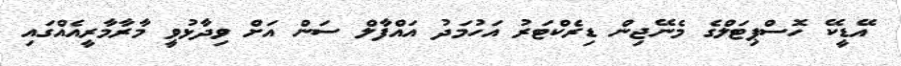
އޭޑީކޭ ހޮސްޕިޓަލްގެ މެނޭޖިން ޑިރެކްޓަރު އަހުމަދު އައްފާލް ސަން އަށް ވިދާޅުވީ މާރާމާރީއެއްގައި